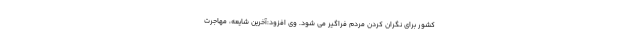
کشور برای نگران کردن مردم فراگیر می شود. وی افزود:آخرین شایعه، مهاجرت